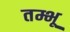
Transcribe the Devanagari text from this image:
तम्भू